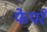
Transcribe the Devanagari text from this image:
फेपरे